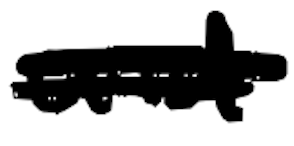
Text: and
Cross-out: double-line
Writing tool: digital_black